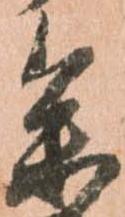
参